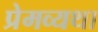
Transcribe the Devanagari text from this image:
प्रेमव्यथा